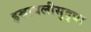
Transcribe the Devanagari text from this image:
इस्रायलीसुद्धा